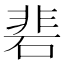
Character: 𮀦